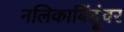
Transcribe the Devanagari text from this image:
नलिकाबिंदूंवर